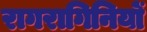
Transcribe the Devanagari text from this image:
रागरागिनियों